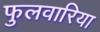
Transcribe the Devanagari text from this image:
फुलवारिया